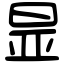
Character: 㫫